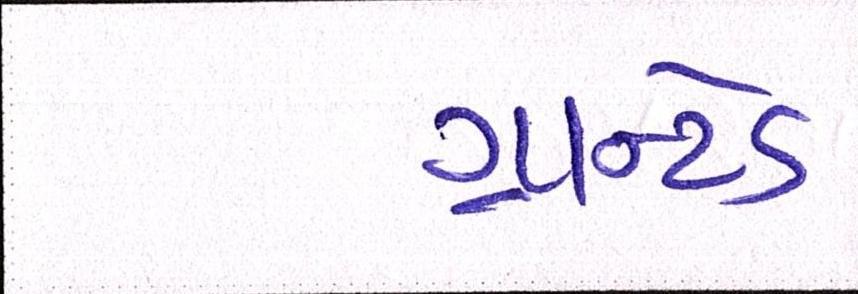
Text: ગ્રાન્ટેડ